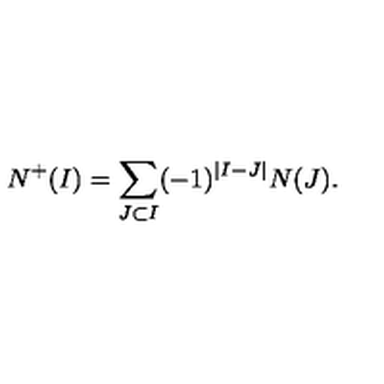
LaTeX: N ^ { + } ( I ) = \sum _ { J \subset I } ( - 1 ) ^ { | I - J | } N ( J ) .